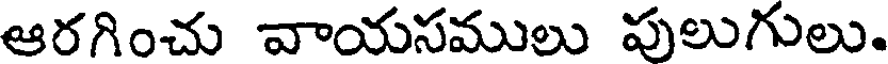
ఆరగించు వాయసములు పులుగులు.